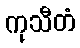
ကုသီတံ